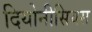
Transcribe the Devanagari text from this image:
दियोनीसियस